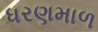
ધરણમાળ